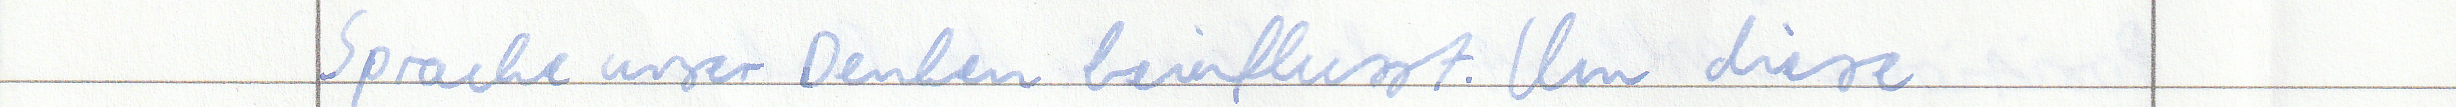
Sprache unser Denken beinflusst. Um diese